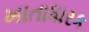
ખાતાધારક